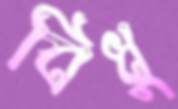
বিধু